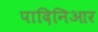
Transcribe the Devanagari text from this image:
पादिनिआर